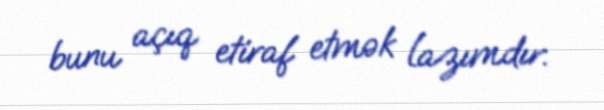
bunu açıq etiraf etmək lazımdır.